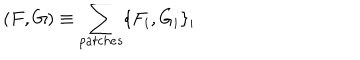
( F , G ) \equiv \sum _ { p a t c h e s } \{ F _ { i } , G _ { i } \} _ { i }